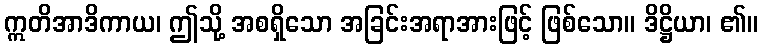
ဣတိအာဒိကာယ၊ ဤသို့ အစရှိသော အခြင်းအရာအားဖြင့် ဖြစ်သော။ ဒိဋ္ဌိယာ၊ ၏။